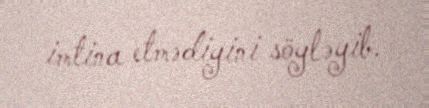
imtina etmədiyini söyləyib.